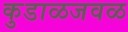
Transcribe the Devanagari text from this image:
कुडाळजवळ